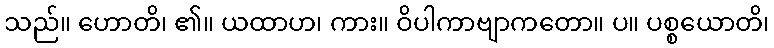
သည်။ ဟောတိ၊ ၏။ ယထာဟ၊ ကား။ ဝိပါကာဗျာကတော။ ပ။ ပစ္စယောတိ၊